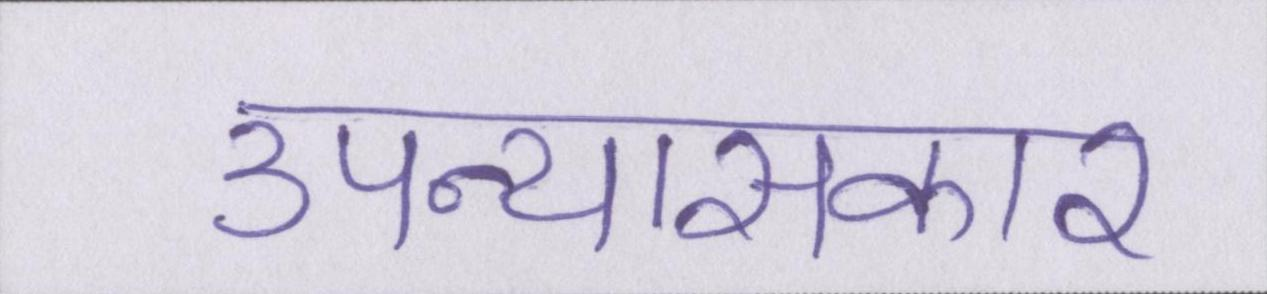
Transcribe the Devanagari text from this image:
उपन्यासकार